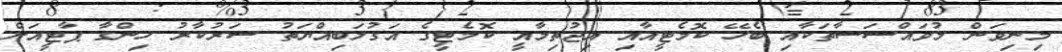
މިނިވަން މުވައްސަސާތަކާއި ބެހޭ ކޮމެޓީއާއި އިޖުތިމާއީ ކޮމެޓީގެ އަގުލަބިއްޔަތު ސަރުކާރު ހިންގާ ޕާޓީއަށް